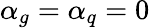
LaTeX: \alpha_{g}=\alpha_{q}=0